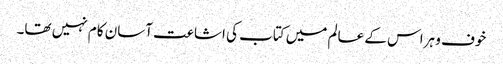
خوف و ہراس کے عالم میں کتاب کی اشاعت آسان کام نہیں تھا۔